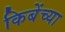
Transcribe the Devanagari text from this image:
किबेंच्या